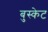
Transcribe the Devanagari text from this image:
बुस्केट